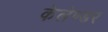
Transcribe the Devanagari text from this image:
केलेण्डर